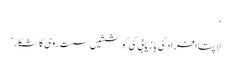
‘
لاپتا افراد کی بازیابی کی کوششیں سست روی کا شکار‘